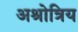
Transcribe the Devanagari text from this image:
अश्रोत्रिय